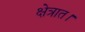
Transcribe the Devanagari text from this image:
क्षेत्रात।